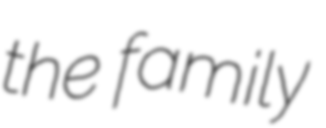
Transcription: the family